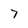
Character: 7